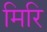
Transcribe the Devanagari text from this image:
मिरि